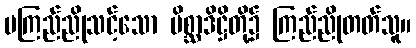
မကြည်ညိုသင့်သော မိစ္ဆာဒိဋ္ဌိတို့၌ ကြည်ညိုတတ်သူ။